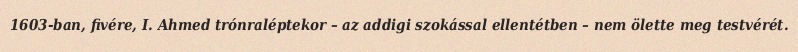
1603-ban, fivére, I. Ahmed trónraléptekor – az addigi szokással ellentétben – nem ölette meg testvérét.